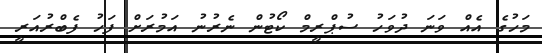
މަހުގެ އެއް ވަނަ ދުވަހު ސުޕްރީމް ކޯޓުން ނެރުނު އަމުރަށް ފަހު ފެބްރުއަރީ